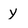
Character: y